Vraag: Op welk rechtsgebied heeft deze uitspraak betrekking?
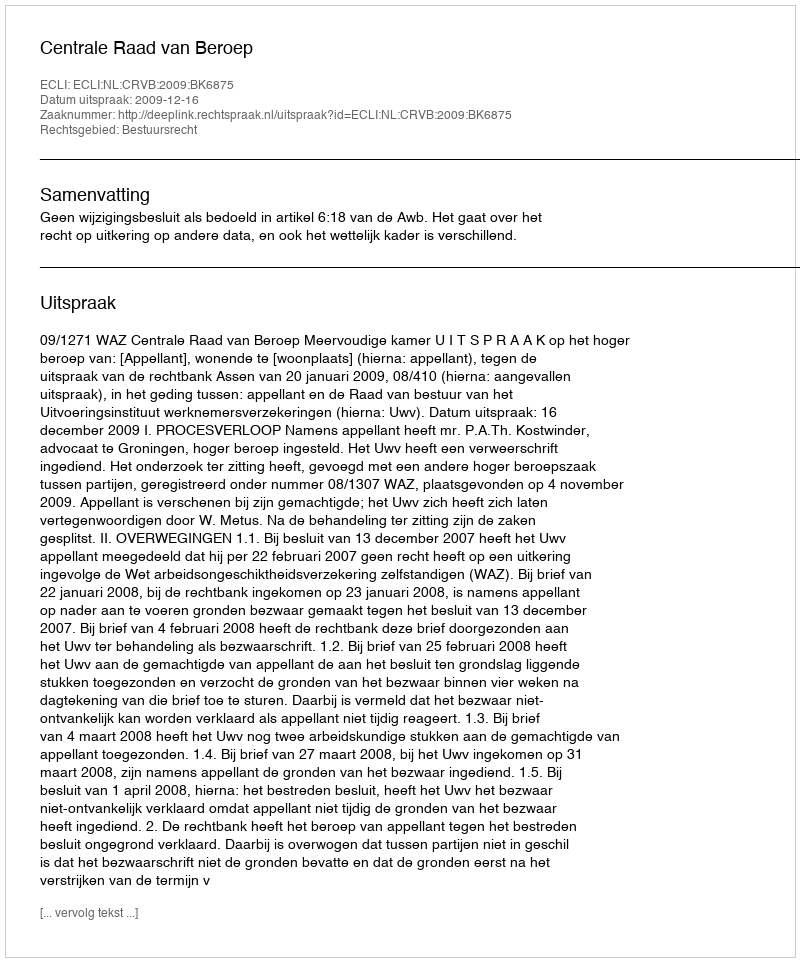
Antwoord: Bestuursrecht